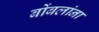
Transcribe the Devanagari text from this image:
बोंबलांना